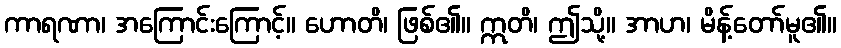
ကာရဏာ၊ အကြောင်းကြောင့်။ ဟောတိ၊ ဖြစ်၏။ ဣတိ၊ ဤသို့။ အာဟ၊ မိန့်တော်မူ၏။